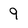
Character: 9